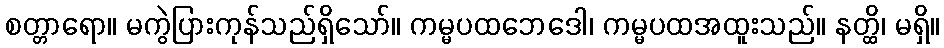
စတ္တာရော။ မကွဲပြားကုန်သည်ရှိသော်။ ကမ္မပထဘေဒေါ၊ ကမ္မပထအထူးသည်။ နတ္ထိ၊ မရှိ။